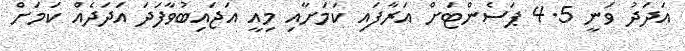
އަދަދު ވަނީ 4.5 ޕަސެންޓަށް އަރާފައި ކަމަށާއި މިއީ އަޖައިބުވާފަދަ އަދަދެއް ކަމަށް